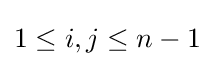
1\leq i,j\leq n-1